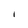
Character: I